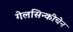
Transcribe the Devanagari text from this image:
गेलसिन्कीचेन